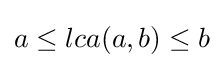
a\leq lca(a,b)\leq b